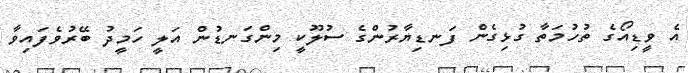
އެ ވީޑިއޯގެ ތުހުމަތާ ގުޅިގެން ފަނޑިޔާރުންގެ ސުލޫކީ މިންގަނޑުން އަލީ ހަމީދު ބޭރުވެފައިވާ